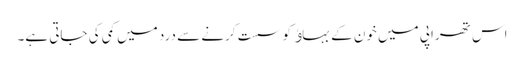
اس تھراپی میں خون کے بہاﺅ کو سست کرنے سے درد میں کمی کی جاتی ہے۔